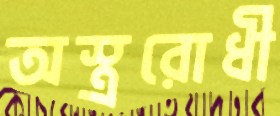
অস্ত্ররোধী